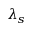
\lambda _ { s }